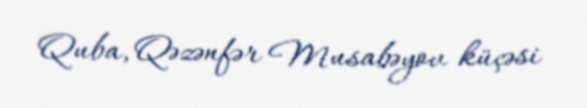
Quba, Qəzənfər Musabəyov küçəsi